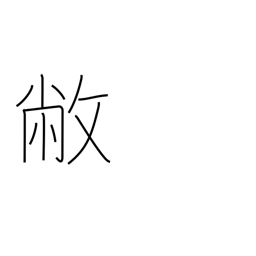
Meaning: be dilapidated